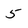
Character: 5